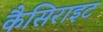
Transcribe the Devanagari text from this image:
कैसिराइट